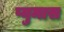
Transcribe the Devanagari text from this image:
प्युमास